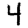
Digit: 4